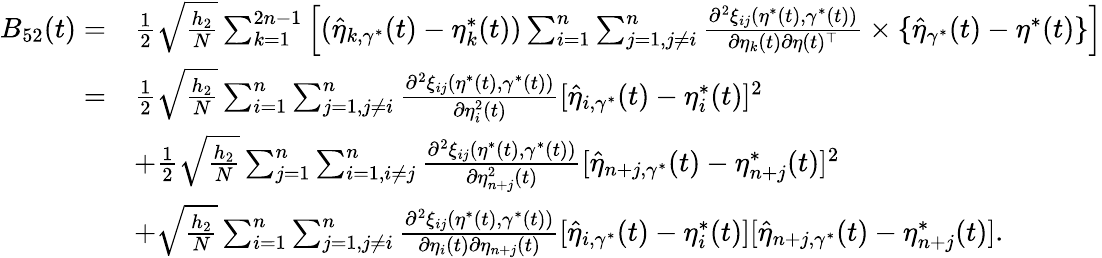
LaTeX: \begin{array}{rl}{B_{52}(t)=}&{\frac{1}{2}\sqrt{\frac{h_{2}}{N}}\sum_{k=1}^{2n-1}\Big[(\widehat{\eta}_{k,\gamma^{*}}(t)-\eta_{k}^{*}(t))\sum_{i=1}^{n}\sum_{j=1,j\neq i}^{n}\frac{\partial^{2}\xi_{ij}(\eta^{*}(t),\gamma^{*}(t))}{\partial\eta_{k}(t)\partial\eta(t)^{\top}}\times\{ \widehat{\eta}_{\gamma^{*}}(t)-\eta^{*}(t)\} \Big]}\\ {=}&{\frac{1}{2}\sqrt{\frac{h_{2}}{N}}\sum_{i=1}^{n}\sum_{j=1,j\neq i}^{n}\frac{\partial^{2}\xi_{ij}(\eta^{*}(t),\gamma^{*}(t))}{\partial\eta_{i}^{2}(t)}[\widehat{\eta}_{i,\gamma^{*}}(t)-\eta_{i}^{*}(t)]^{2}}\\ &{+\frac{1}{2}\sqrt{\frac{h_{2}}{N}}\sum_{j=1}^{n}\sum_{i=1,i\neq j}^{n}\frac{\partial^{2}\xi_{ij}(\eta^{*}(t),\gamma^{*}(t))}{\partial\eta_{n+j}^{2}(t)}[\widehat{\eta}_{n+j,\gamma^{*}}(t)-\eta_{n+j}^{*}(t)]^{2}}\\ &{+\sqrt{\frac{h_{2}}{N}}\sum_{i=1}^{n}\sum_{j=1,j\neq i}^{n}\frac{\partial^{2}\xi_{ij}(\eta^{*}(t),\gamma^{*}(t))}{\partial\eta_{i}(t)\partial\eta_{n+j}(t)}[\widehat{\eta}_{i,\gamma^{*}}(t)-\eta_{i}^{*}(t)][\widehat{\eta}_{n+j,\gamma^{*}}(t)-\eta_{n+j}^{*}(t)].}\end{array}